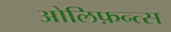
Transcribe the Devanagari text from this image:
ओलिफ़न्त्स